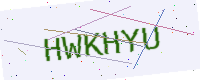
Text: HWKHYU